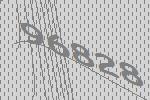
96828